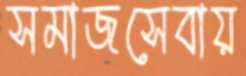
সমাজসেবায়